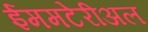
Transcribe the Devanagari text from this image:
ईममटेरीअल